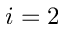
i = 2